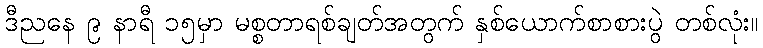
ဒီညနေ ၉ နာရီ ၁၅မှာ မစ္စတာရစ်ချတ်အတွက် နှစ်ယောက်စာစားပွဲ တစ်လုံး။